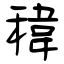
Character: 稦